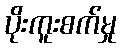
ပိုးကူးစက်မှု